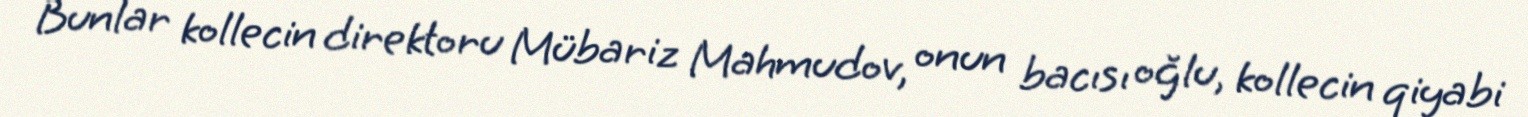
Bunlar kollecin direktoru Mübariz Mahmudov, onun bacısı oğlu, kollecin qiyabi